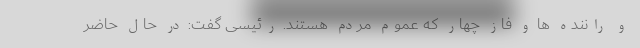
و راننده ها و فاز چهار که عموم مردم هستند. رئیسی گفت: در حال حاضر